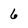
Character: 6